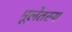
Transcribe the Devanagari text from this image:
मूलेतस्य